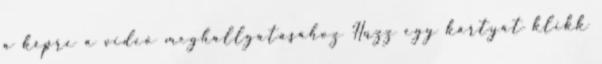
a képre a videó meghallgatásához Húzz egy kártyát klikk